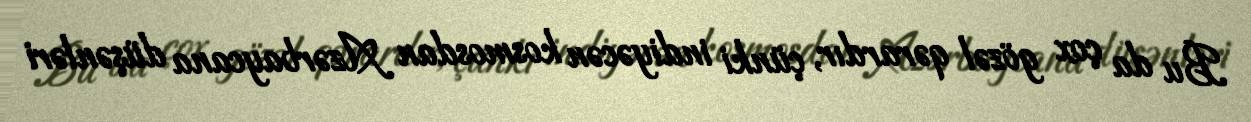
Bu da çox gözəl qərardır, çünki indiyəcən kosmosdan Azərbaycana düşənləri